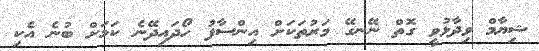
ޝިޔާމް ވިދާޅުވީ ގޮތް ނޭނގޭ މަރުތަކަށް އިންސާފު ހޯދައިދޭނެ ކަމަށް ބުނެ އެކި